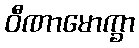
ဝီဏာမောက္ခာ